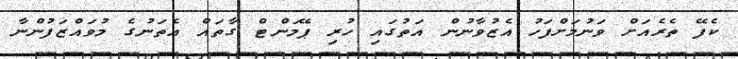
ކެފޭ ތެރެއަށް ވަނުމަށްފަހު އެޒުވާނުން އަތުގައި ހުރި ޕޭމަންޓް ގާތައް އެތަނުގެ މުވައްޒަފުންނާ